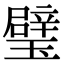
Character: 璧